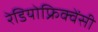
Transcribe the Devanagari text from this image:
रेडियोफ्रिक्वेंसी